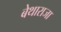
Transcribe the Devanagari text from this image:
बेथाराजा